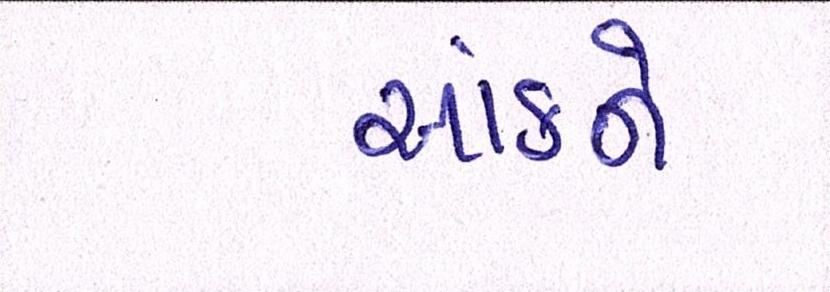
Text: આંકને